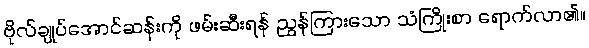
ဗိုလ်ချုပ်အောင်ဆန်းကို ဖမ်းဆီးရန် ညွှန်ကြားသော သံကြိုးစာ ရောက်လာ၏။